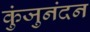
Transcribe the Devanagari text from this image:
कुंजुनंदन